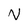
Character: N